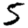
Digit: 5